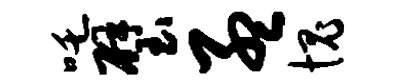
吒璧孟愧